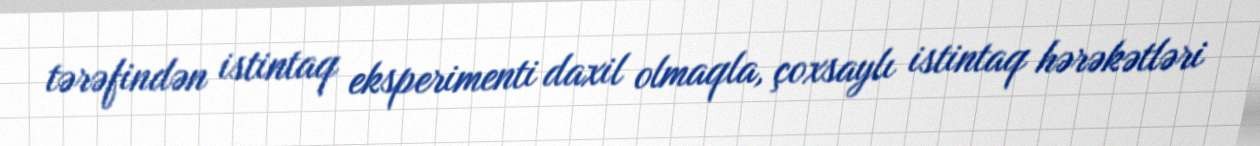
tərəfindən istintaq eksperimenti daxil olmaqla, çoxsaylı istintaq hərəkətləri